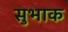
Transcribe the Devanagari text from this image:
सुभाक